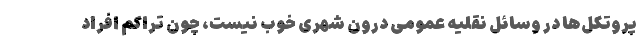
پروتکل‌ها در وسائل نقلیه عمومی درون شهری خوب نیست، چون تراکم افراد